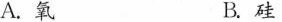
A.氧 B.硅